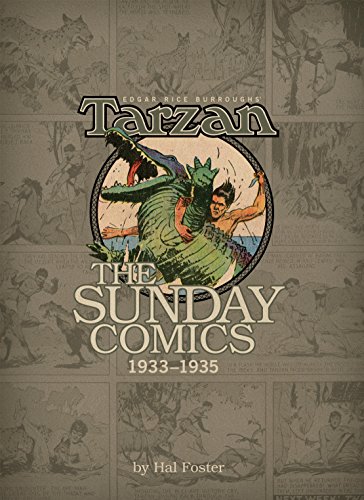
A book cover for Edgar Rice Burroughs' Tarzan: The Sunday Comics Volume 2: 1933-1935 (Edgar Rice Burroughs' Tarzan Sundays); Comics & Graphic Novels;